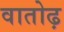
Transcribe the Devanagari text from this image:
वातोढ़